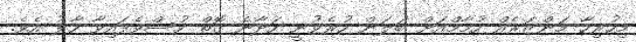
މިހުރިހާ މަންޒަރެއް ހުމާމްއަށް ބަލަން ހުރެވުނީ ހަދާނެ ގޮތް ހުސްވެފައިވާ ހާލު އެވެ.